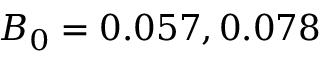
B _ { 0 } = 0 . 0 5 7 , 0 . 0 7 8